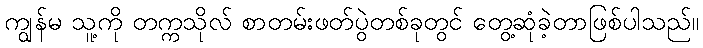
ကျွန်မ သူ့ကို တက္ကသိုလ် စာတမ်းဖတ်ပွဲတစ်ခုတွင် တွေ့ဆုံခဲ့တာဖြစ်ပါသည်။